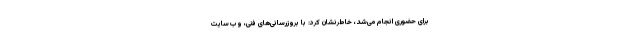
برای حضوری انجام می‌شد، خاطرنشان کرد: با بروزرسانی‌های فنی، وب‌سایت